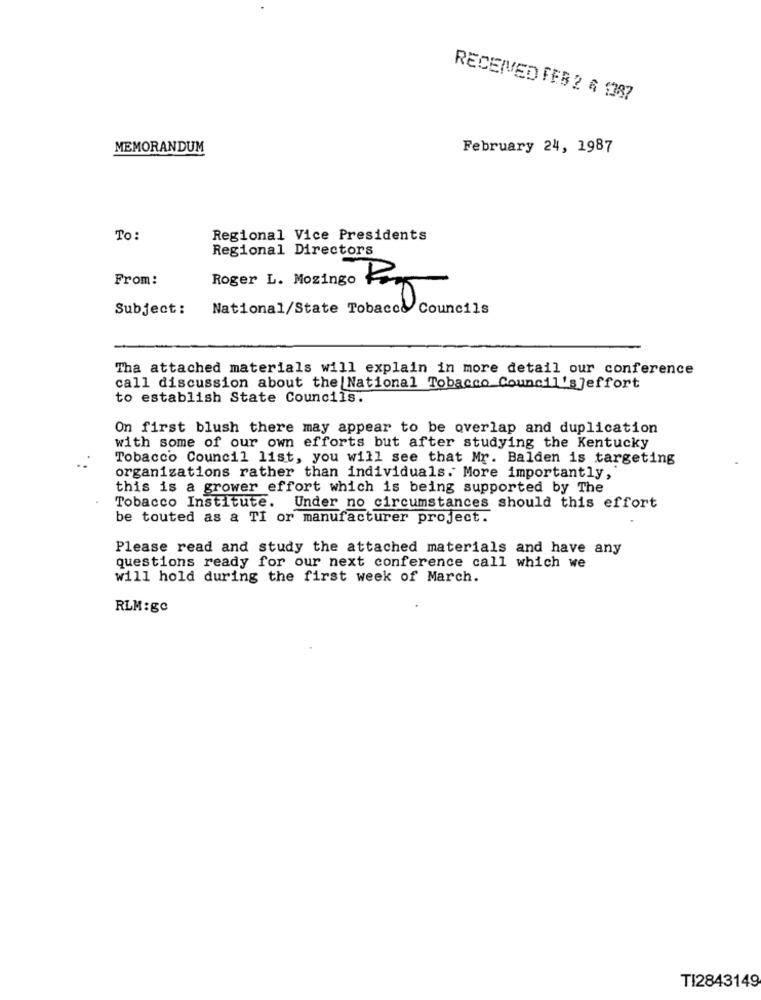
RECEIVED FEB 2 6 1387
MEMORANDUM
February 24, 1987
To :
Regional Vice Presidents
Regional Directors
From:
Roger L. Mozingo K
Subject:
National/State Tobacco Councils
Ry Couns 1
Tha attached materials will explain in more detail our conference
call discussion about the National Tobacco Council's]effort
to establish State Councils.
On first blush there may appear to be overlap and duplication
with some of our own efforts but after studying the Kentucky
Tobacco Council list, you will see that Mr. Balden is targeting
organizations rather than individuals. More importantly,
this is a grower effort which is being supported by The
Tobacco Institute. Under no circumstances should this effort
be touted as a TI or manufacturer project.
Please read and study the attached materials and have any
questions ready for our next conference call which we
will hold during the first week of March.
RLM:gC
TI2843149